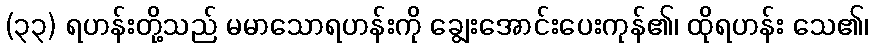
(၃၃) ရဟန်းတို့သည် မမာသောရဟန်းကို ချွေးအောင်းပေးကုန်၏၊ ထိုရဟန်း သေ၏၊